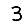
Digit: 3